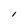
Character: l